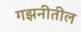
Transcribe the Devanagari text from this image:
गझनीतील